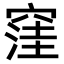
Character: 窪